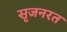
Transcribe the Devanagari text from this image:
सृजनरत